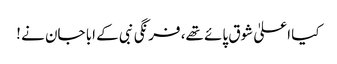
کیا اعلیٰ شوق پائے تھے، فرنگی نبی کے ابا جان نے !